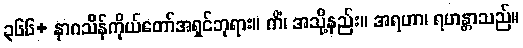
၃၆၆+ နာဂသိန်ကိုယ်တော်အရှင်ဘုရား။ ကိံ၊ အသို့နည်း။ အရဟာ၊ ရဟန္တာသည်။